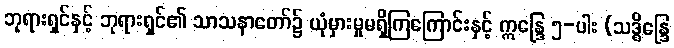
ဘုရားရှင်နှင့် ဘုရားရှင်၏ သာသနာတော်၌ ယုံမှားမှုမရှိကြကြောင်းနှင့် ဣန္ဒြေ ၅-ပါး (သဒ္ဓိန္ဒြေ